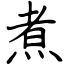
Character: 煮